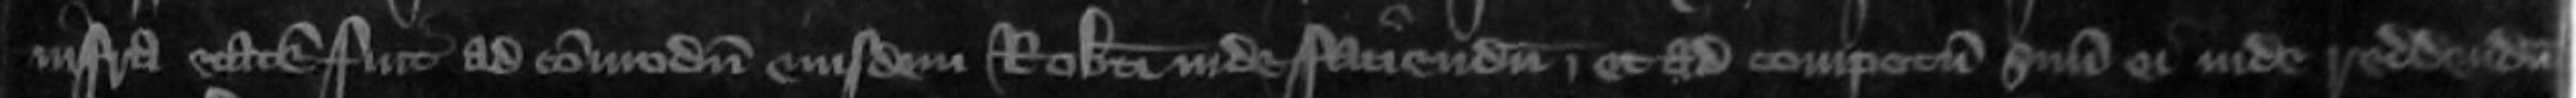
infra etatem fuit ad commodum eiusdem Roberti inde faciendum et ad compotum suum ei inde reddendum